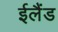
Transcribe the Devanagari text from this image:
ईलैंड